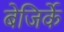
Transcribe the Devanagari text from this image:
बेजिर्के